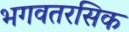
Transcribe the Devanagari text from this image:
भगवतरसिक